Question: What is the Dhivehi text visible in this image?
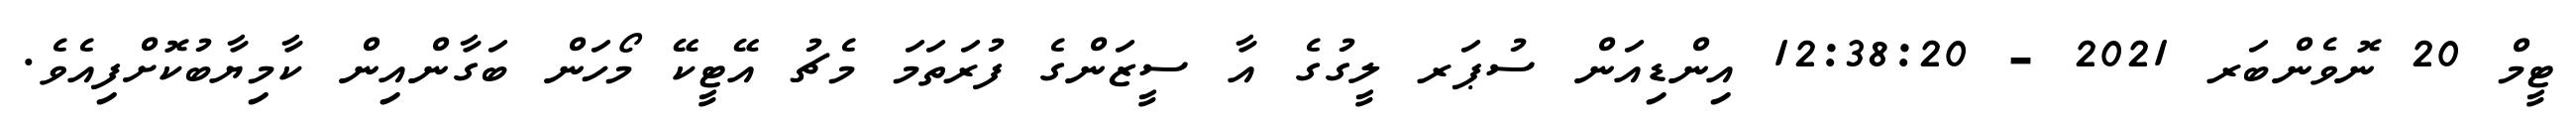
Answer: ޓީމް 20 ނޮވެންބަރ 2021 - 12:38:20 އިންޑިއަން ސުޕަރ ލީގުގެ އާ ސީޒަންގެ ފުރަތަމަ މެޗު އޭޓީކޭ މޯހަން ބަގާންއިން ކާމިޔާބުކޮށްފިއެވެ.